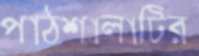
পাঠশালাটির